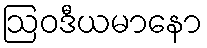
ဩဝဒီယမာနော